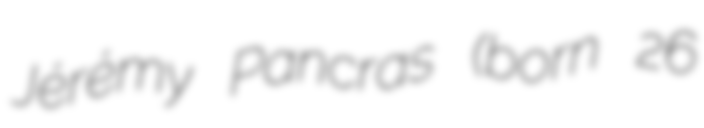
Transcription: Jérémy Pancras (born 26